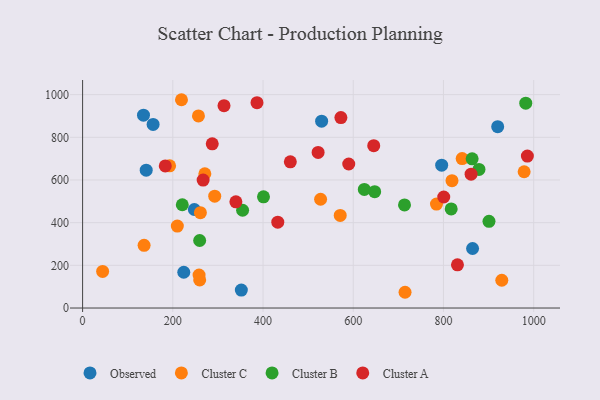
{"axis": {"x": "Engine Size", "y": "Yield"}, "legend": ["Cluster A", "Cluster B", "Cluster C", "Observed"], "data": [{"x": "224.3", "y": 167.7, "type": "Observed"}, {"x": "156.3", "y": 860.4, "type": "Observed"}, {"x": "864.5", "y": 279.0, "type": "Observed"}, {"x": "351.9", "y": 84.1, "type": "Observed"}, {"x": "135.0", "y": 903.7, "type": "Observed"}, {"x": "796.0", "y": 669.2, "type": "Observed"}, {"x": "141.0", "y": 646.1, "type": "Observed"}, {"x": "529.9", "y": 875.4, "type": "Observed"}, {"x": "920.2", "y": 849.7, "type": "Observed"}, {"x": "247.7", "y": 461.6, "type": "Observed"}, {"x": "210.0", "y": 384.1, "type": "Cluster C"}, {"x": "978.8", "y": 638.7, "type": "Cluster C"}, {"x": "259.6", "y": 131.7, "type": "Cluster C"}, {"x": "527.6", "y": 509.8, "type": "Cluster C"}, {"x": "261.1", "y": 446.7, "type": "Cluster C"}, {"x": "136.3", "y": 293.8, "type": "Cluster C"}, {"x": "784.5", "y": 487.1, "type": "Cluster C"}, {"x": "271.0", "y": 629.3, "type": "Cluster C"}, {"x": "44.4", "y": 171.6, "type": "Cluster C"}, {"x": "219.2", "y": 976.1, "type": "Cluster C"}, {"x": "258.2", "y": 154.3, "type": "Cluster C"}, {"x": "818.9", "y": 596.7, "type": "Cluster C"}, {"x": "929.3", "y": 130.1, "type": "Cluster C"}, {"x": "192.9", "y": 666.5, "type": "Cluster C"}, {"x": "571.1", "y": 434.1, "type": "Cluster C"}, {"x": "292.9", "y": 524.3, "type": "Cluster C"}, {"x": "841.4", "y": 700.4, "type": "Cluster C"}, {"x": "714.8", "y": 73.8, "type": "Cluster C"}, {"x": "256.8", "y": 900.1, "type": "Cluster C"}, {"x": "900.9", "y": 406.5, "type": "Cluster B"}, {"x": "354.7", "y": 458.2, "type": "Cluster B"}, {"x": "259.5", "y": 316.4, "type": "Cluster B"}, {"x": "713.6", "y": 483.2, "type": "Cluster B"}, {"x": "863.5", "y": 699.1, "type": "Cluster B"}, {"x": "401.0", "y": 521.3, "type": "Cluster B"}, {"x": "982.4", "y": 960.1, "type": "Cluster B"}, {"x": "817.1", "y": 464.2, "type": "Cluster B"}, {"x": "647.5", "y": 545.4, "type": "Cluster B"}, {"x": "221.0", "y": 484.0, "type": "Cluster B"}, {"x": "878.7", "y": 649.7, "type": "Cluster B"}, {"x": "624.5", "y": 555.7, "type": "Cluster B"}, {"x": "386.6", "y": 962.3, "type": "Cluster A"}, {"x": "831.0", "y": 202.3, "type": "Cluster A"}, {"x": "287.4", "y": 769.4, "type": "Cluster A"}, {"x": "267.2", "y": 599.6, "type": "Cluster A"}, {"x": "800.6", "y": 520.3, "type": "Cluster A"}, {"x": "460.5", "y": 685.2, "type": "Cluster A"}, {"x": "572.6", "y": 892.4, "type": "Cluster A"}, {"x": "313.5", "y": 948.0, "type": "Cluster A"}, {"x": "183.3", "y": 665.8, "type": "Cluster A"}, {"x": "861.2", "y": 627.2, "type": "Cluster A"}, {"x": "645.4", "y": 760.6, "type": "Cluster A"}, {"x": "432.7", "y": 402.3, "type": "Cluster A"}, {"x": "590.0", "y": 674.8, "type": "Cluster A"}, {"x": "339.8", "y": 497.8, "type": "Cluster A"}, {"x": "986.0", "y": 711.9, "type": "Cluster A"}, {"x": "522.1", "y": 729.2, "type": "Cluster A"}]}